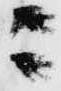
ニ